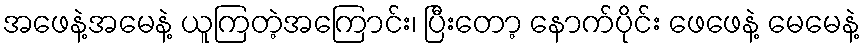
အဖေနဲ့အမေနဲ့ ယူကြတဲ့အကြောင်း၊ ပြီးတော့ နောက်ပိုင်း ဖေဖေနဲ့ မေမေနဲ့